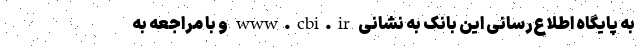
به پایگاه اطلاع‌رسانی این بانک به نشانی www.cbi.ir و با مراجعه به